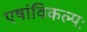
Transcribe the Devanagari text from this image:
एषांविकल्पः